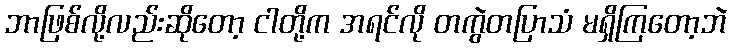
ဘာဖြစ်လို့လည်းဆိုတော့ ငါတို့က အရင်လို တကွဲတပြာသံ မရှိကြတော့ဘဲ